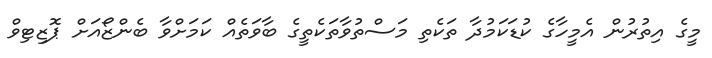
މީގެ އިތުރުން އެމީހާގެ ކުޑަކަމުދާ ތަކެތި މަސްތުވާތަކެތީގެ ބާވަތެއް ކަމަށްވާ ބެންޒޯއަށް ޕޮޒިޓިވް